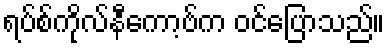
ရပ်စ်ကိုလ်နီကော့ဗ်က ဝင်ပြောသည်။